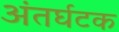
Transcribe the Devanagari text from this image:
अंतर्घटक